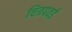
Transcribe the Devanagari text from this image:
चित्रपवई